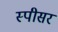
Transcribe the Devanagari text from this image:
स्पीसर